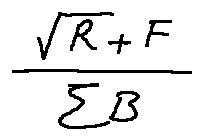
\frac { \sqrt { R } + F } { \sum B }